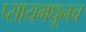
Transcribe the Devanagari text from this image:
प्सायमधूनच